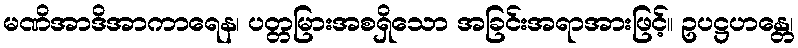
မဏိအာဒိအာကာရေန၊ ပတ္တမြားအစရှိသော အခြင်းအရာအားဖြင့်။ ဥပဋ္ဌဟန္တေ၊